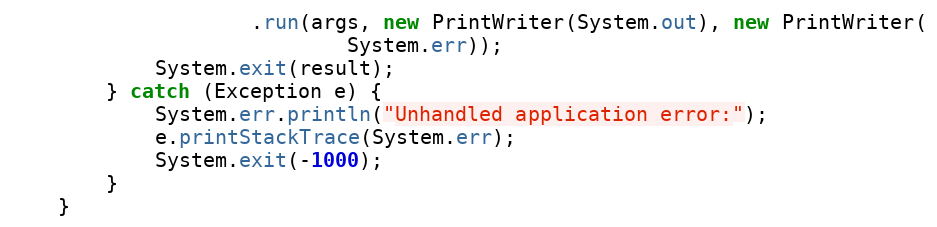
Language: Java
					.run(args, new PrintWriter(System.out), new PrintWriter(
							System.err));
			System.exit(result);
		} catch (Exception e) {
			System.err.println("Unhandled application error:");
			e.printStackTrace(System.err);
			System.exit(-1000);
		}
	}